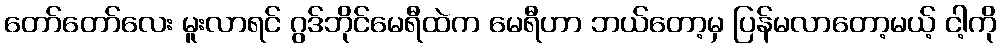
တော်တော်လေး မူးလာရင် ဂွဒ်ဘိုင်မေရီထဲက မေရီဟာ ဘယ်တော့မှ ပြန်မလာတော့မယ့် ငါ့ကို